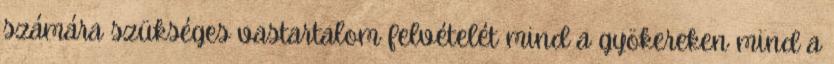
számára szükséges vastartalom felvételét mind a gyökereken mind a